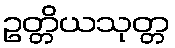
ဥတ္တိယသုတ္တ